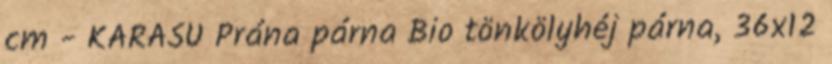
cm - KARASU Prána párna Bio tönkölyhéj párna, 36x12